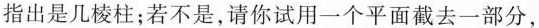
指出是几棱柱；若不是，请你试用一个平面截去一部分，